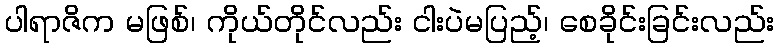
ပါရာဇိက မဖြစ်၊ ကိုယ်တိုင်လည်း ငါးပဲမပြည့်၊ စေခိုင်းခြင်းလည်း